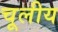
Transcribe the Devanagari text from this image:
चूलीय